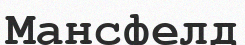
Мансфелд